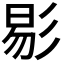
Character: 𢒗